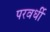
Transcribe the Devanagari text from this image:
परवर्धी